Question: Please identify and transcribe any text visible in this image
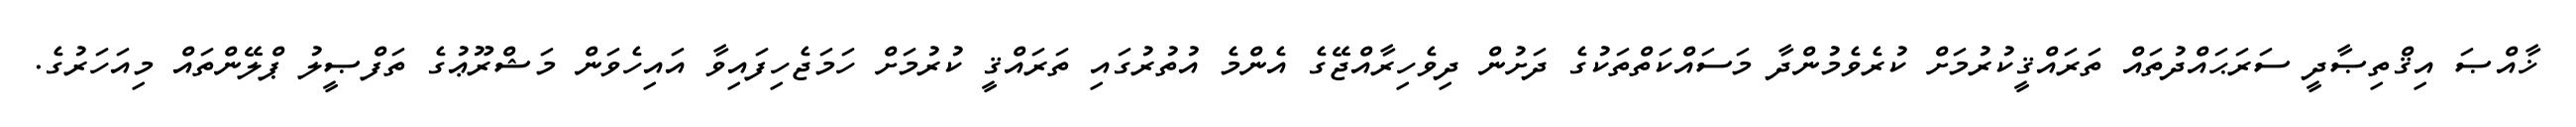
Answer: ޚާއްޞަ އިޤްތިޞާދީ ސަރަޙައްދުތައް ތަރައްޤީކުރުމަށް ކުރެވެމުންދާ މަސައްކަތްތަކުގެ ދަށުން ދިވެހިރާއްޖޭގެ އެންމެ އުތުރުގައި ތަރައްޤީ ކުރުމަށް ހަމަޖެހިފައިވާ އައިހެވަން މަޝްރޫޢުގެ ތަފްޞީލު ޕްލޭންތައް މިއަހަރުގެ.